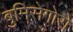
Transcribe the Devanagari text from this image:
बुमिसेगोरो